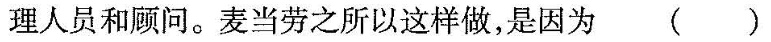
理人员和顾问。麦当劳之所以这样做，是因为 ( )